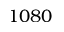
1 0 8 0